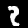
Label: 2